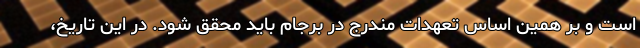
است و بر همین اساس تعهدات مندرج در برجام باید محقق شود. در این تاریخ،